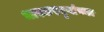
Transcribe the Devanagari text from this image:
भास्करबुवांच्या